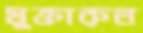
মুক্তারুল